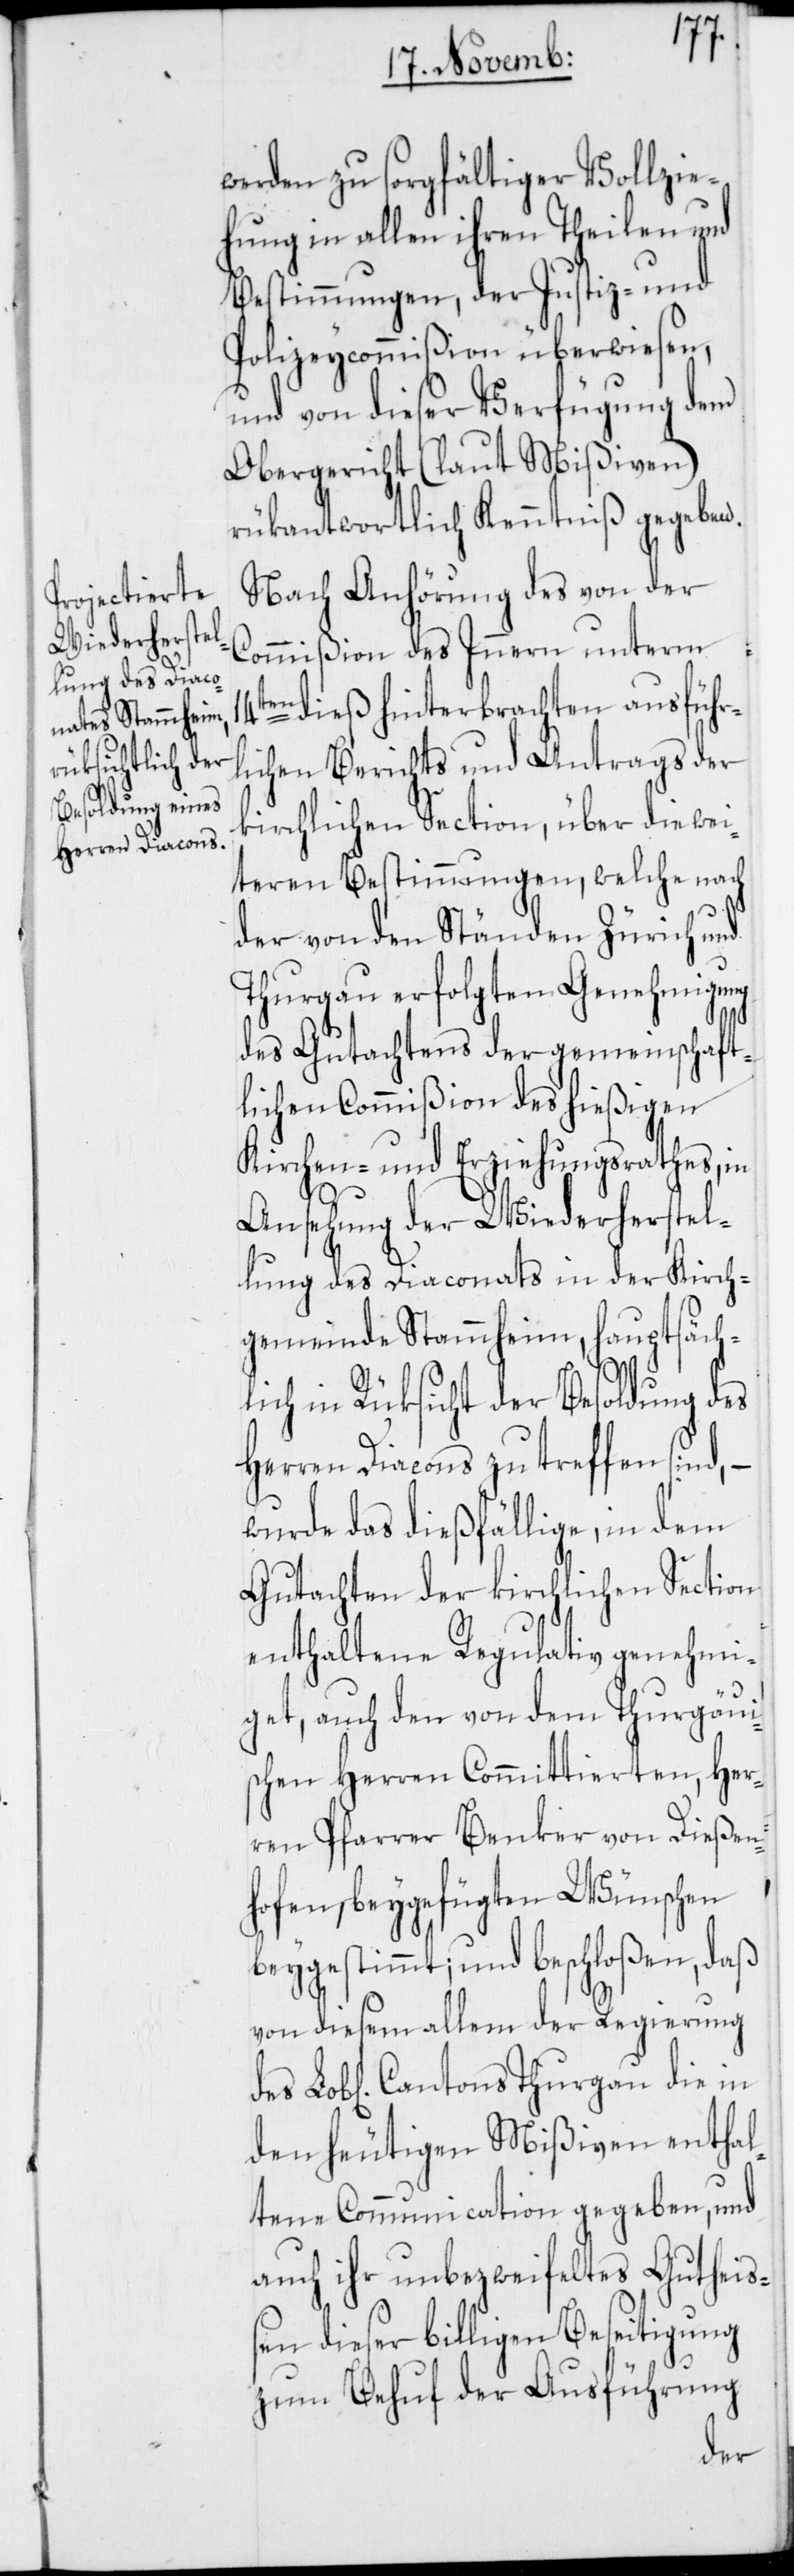
werden zu sorgfältiger Vollzie¬
hung in allen ihren Theilen und
Bestimmungen, der Justiz- und
Polizeycommißion überwiesen,
und von dieser Verfügung dem
Obergericht (laut Mißiven)
rükantwortlich Kenntniß gegeben.
Nach Anhörung des von der
Commißion des Inneren unterm
14ten dieß hinterbrachten ausführ¬
lichen Berichts und Antrags der
kirchlichen Section, über die wei¬
teren Bestimmungen, welche nach
der von den Ständen Zürich und
Thurgau erfolgten Genehmigung
des Gutachtens der gemeinschaft¬
lichen Commißion des hießigen
Kirchen- und Erziehungsrathes, in
Ansehung der Wiederherstel¬
lung des Diaconats der Kirch¬
gemeinde Stammheim, hauptsäch¬
lich in Rüksicht der Besoldung des
Herren Diacons zu treffen sind,
wurde das dießfällige, in dem
Gutachten der kirchlichen Section
enthaltene Regulativ genehmi¬
get, auch den von dem Thurgäui¬
schen Herren Committierten, Her¬
ren Pfarrer Benker von Dießen¬
hofen, beygefügten Wünschen
beygestimmt; und beschloßen, daß
von diesem allem der Regierung
den heutigen Mißiven entha¬
ltene Communication gegeben, und
auch ihr unbezweifeltes Gutheiß¬
en dieser billigen Beseitigung
zum Behuf der Ausführung
des